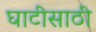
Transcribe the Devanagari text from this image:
घाटीसाठी